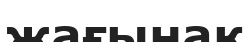
жағынақ